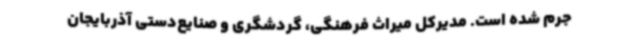
جرم شده است. مدیرکل میراث‌ فرهنگی، گردشگری و صنایع‌دستی آذربایجان